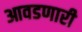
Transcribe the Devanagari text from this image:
आवडणारी